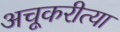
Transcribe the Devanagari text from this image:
अचूकरीत्या